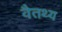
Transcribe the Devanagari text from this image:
वैतथ्य